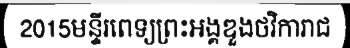
2015មន្ទីរពេទ្យព្រះអង្គឌួងថវិការាជ